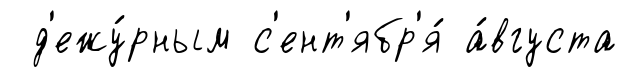
д'ежу́рным с'ент'ябр'я́ а́вгуста